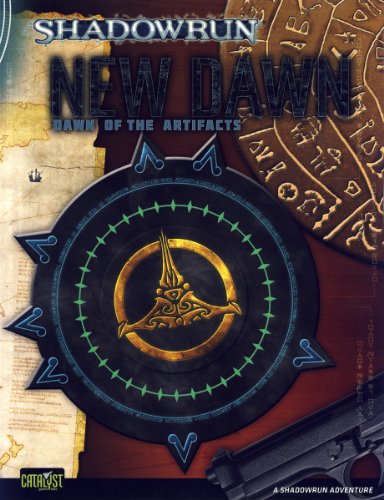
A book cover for Shadowrun Dawn of Artifacts New Dawn 4; Aaron Pavao; Science Fiction & Fantasy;